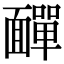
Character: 𩉁